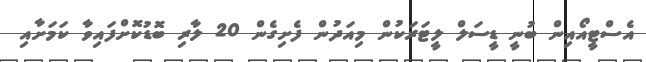
އެސްޓީއޯއިން ބުނީ ޑީސަލް ލީޓަރަކުން މިއަދުން ފެށިގެން 20 ލާރި ބޮޑުކޮށްފައިވާ ކަމަށާއި